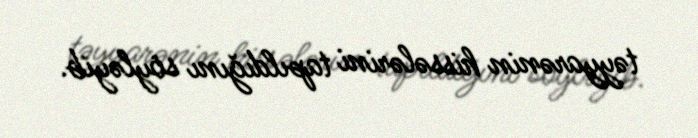
təyyarənin hissələrini tapıldığını söyləyib.